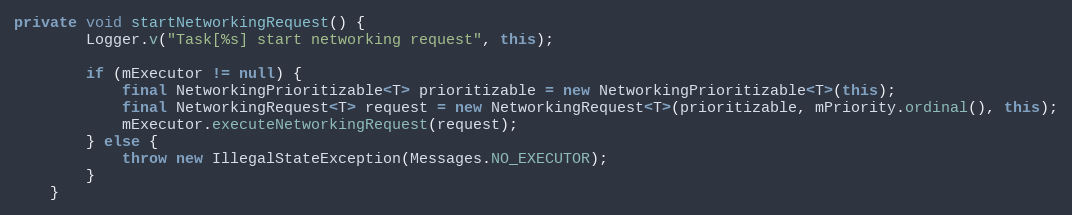
Language: Java
private void startNetworkingRequest() {
        Logger.v("Task[%s] start networking request", this);

        if (mExecutor != null) {
            final NetworkingPrioritizable<T> prioritizable = new NetworkingPrioritizable<T>(this);
            final NetworkingRequest<T> request = new NetworkingRequest<T>(prioritizable, mPriority.ordinal(), this);
            mExecutor.executeNetworkingRequest(request);
        } else {
            throw new IllegalStateException(Messages.NO_EXECUTOR);
        }
    }